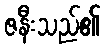
ဇနီးသည်၏